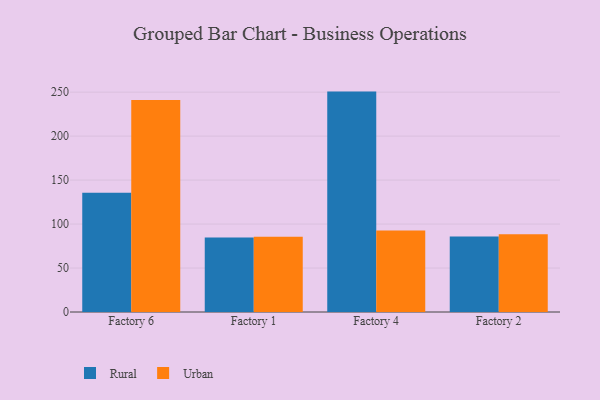
{"axis": {"x": "Factory", "y": "Shipments"}, "legend": ["Rural", "Urban"], "data": [{"x": "Factory 6", "y": 135.6, "type": "Rural"}, {"x": "Factory 6", "y": 241.0, "type": "Urban"}, {"x": "Factory 1", "y": 84.7, "type": "Rural"}, {"x": "Factory 1", "y": 85.6, "type": "Urban"}, {"x": "Factory 4", "y": 250.6, "type": "Rural"}, {"x": "Factory 4", "y": 92.7, "type": "Urban"}, {"x": "Factory 2", "y": 85.9, "type": "Rural"}, {"x": "Factory 2", "y": 88.3, "type": "Urban"}]}